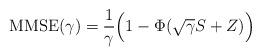
LaTeX: \begin{align*} {\rm MMSE}(\gamma) = \frac{1}{\gamma} \Big( 1 - \Phi(\sqrt{\gamma}S + Z) \Big)\end{align*}